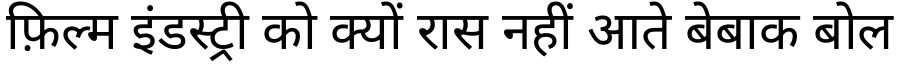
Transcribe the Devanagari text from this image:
फ़िल्म इंडस्ट्री को क्यों रास नहीं आते बेबाक बोल